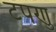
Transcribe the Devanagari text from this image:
टपणु